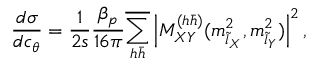
\frac { d \sigma } { d c _ { \theta } } = \frac 1 { 2 s } \frac { \beta _ { p } } { 1 6 \pi } \overline { { { \sum _ { h \bar { h } } } } } \left| { \cal M } _ { X Y } ^ { ( h \bar { h } ) } ( m _ { \tilde { l } _ { X } } ^ { 2 } , m _ { \tilde { l } _ { Y } } ^ { 2 } ) \right| ^ { 2 } ,